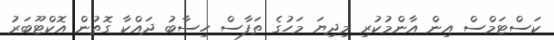
ކަސްޓަމްސް އިން އާންމުކުރި މިދިޔަ މަހުގެ ތަފާސް ހިސާބު ދައްކާ ގޮތުން އޮކްޓޫބަރު